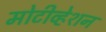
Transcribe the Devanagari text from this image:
मोटीव्हेशन